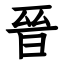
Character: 晉